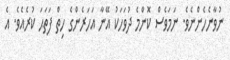
ނުވާނެހެންނެވެ. ނަމަވެސް ކޮންމެ ދުވަހަކު އޭނާ އަހަރެންގެ ހިތް ފަތަޙަ ކުރެއެވެ. އެ